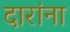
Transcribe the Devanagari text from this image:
दारांना